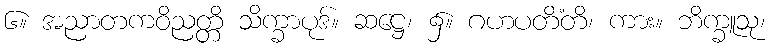
၆။ အညာတကဝိညတ္တိ သိက္ခာပုဒ်။ ဆဋ္ဌေ၊ ၌။ ဂဟပတိံတိ၊ ကား။ ဘိက္ခူသု၊